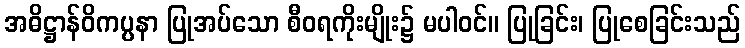
အဓိဋ္ဌာန်ဝိကပ္ပနာ ပြုအပ်သော စီဝရကိုးမျိုး၌ မပါဝင်။ ပြုခြင်း၊ ပြုစေခြင်းသည်